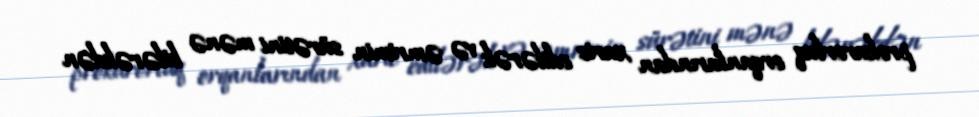
prokurorluq orqanlarından xaric edilərək və əmrimin sürətini mənə bilərəkdən